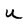
Character: u